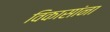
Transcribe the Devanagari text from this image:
विकासांना